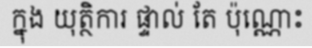
ក្នុង យុត្ថិការ ផ្ទាល់ តែ ប៉ុណ្ណោះ